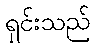
ရှင်းသည်